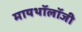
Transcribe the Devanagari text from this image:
मायथॉलॉजी